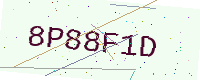
Text: 8P88F1D